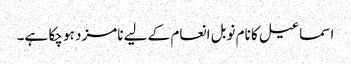
اسماعیل کا نام نوبل انعام کے لیے نامزد ہو چکا ہے۔